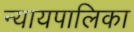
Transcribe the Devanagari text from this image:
न्‍यायपालिका